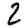
Digit: 2